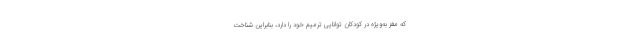
که مغز به‌ویژه در کودکان توانایی ترمیم خود را دارد، بنابراین شناخت